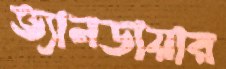
ভ্যানডায়ার